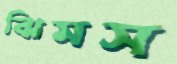
ঝিমস